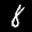
Label: 8